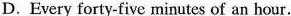
D. Every forty-five minutes of an hour.